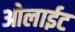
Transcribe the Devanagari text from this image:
ओलाईट